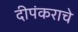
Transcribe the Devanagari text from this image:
दीपंकराचे